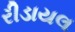
રીડાયલ